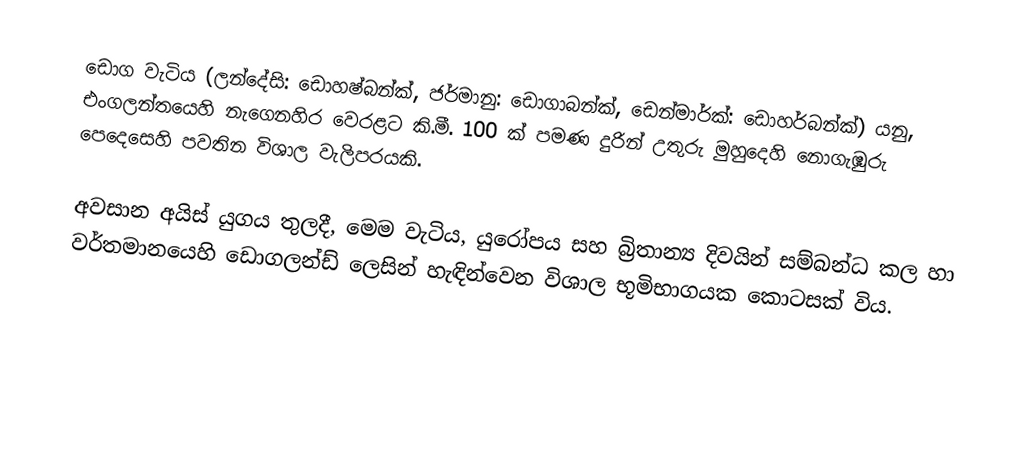
ඩොග වැටිය (ලන්දේසි: ඩොහෂ්බන්ක්, ජර්මානු: ඩොගාබන්ක්, ඩෙන්මාර්ක්: ඩොහර්බන්ක්) යනු, එංගලන්තයෙහි නැගෙනහිර වෙරළට කි.මී. 100 ක් පමණ දුරින් උතුරු මුහුදෙහි නොගැඹුරු පෙදෙසෙහි පවතින විශාල වැලිපරයකි.

අවසාන අයිස් යුගය තුලදී, මෙම වැටිය, යුරෝපය සහ බ්‍රිතාන්‍ය දිවයින් සම්බන්ධ කල හා වර්තමානයෙහි  ඩොගලන්ඩ් ලෙසින් හැඳින්වෙන විශාල භූමිභාගයක කොටසක් විය.